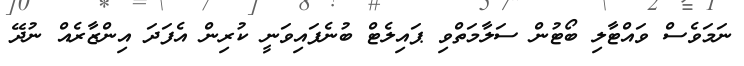
ނަމަވެސް ވައްޓާލި ބޯޓުން ސަލާމަތްވި ޕައިލެޓް ބުނެފައިވަނީ ކުރިން އެފަދަ އިންޒާރެއް ނުދޭ